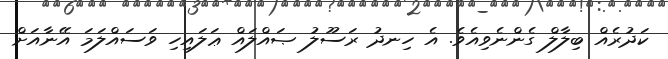
ކަދުރެއް ބިލާލް ގެންނެވިއެވެ. އެ ހިނދު ރަސޫލު ޞައްލައް ޢަލައިހި ވަސައްލަމަ އޭނާއަށް